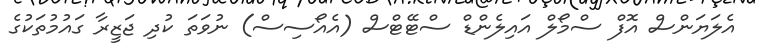
އެލަޔަންސް އޮފް ސްމޯލް އައިލެންޑް ސްޓޭޓްސް (އެއޯސިސް) ނުވަތަ ކުދި ޖަޒީރާ ގައުމުތަކުގެ